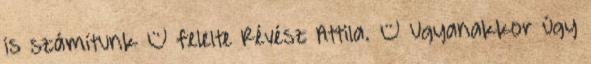
is számítunk – felelte Révész Attila. – Ugyanakkor úgy